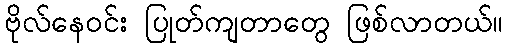
ဗိုလ်နေဝင်း ပြုတ်ကျတာတွေ ဖြစ်လာတယ်။